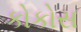
કોકોસ